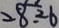
2 8 . 2 6